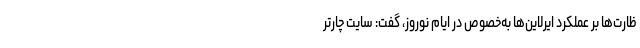
ظارت‌ها بر عملکرد ایرلاین‌ها به‌خصوص در ایام نوروز، گفت: سایت چارتر